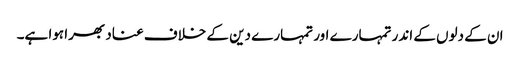
ان کے دلوں کے اندر تمہارے اور تمہارے دین کے خلاف عناد بھرا ہوا ہے۔